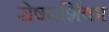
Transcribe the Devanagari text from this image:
रोषदर्शिका